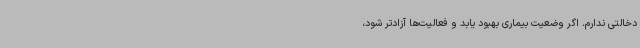
دخالتی ندارم. اگر وضعیت بیماری بهبود یابد و فعالیت‌ها آزادتر شود،